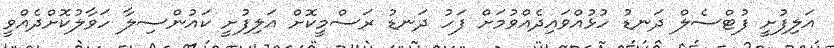
އަލިފުށީ ފުޓްސެލް ދަނޑު ހުޅުއްވައިދެއްވުމަށް ފަހު ދަނޑު ރަސްމީކޮށް އަލިފުށީ ކައުންސިލާ ހަވާލުކޮށްދެއްވީ